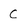
Character: C